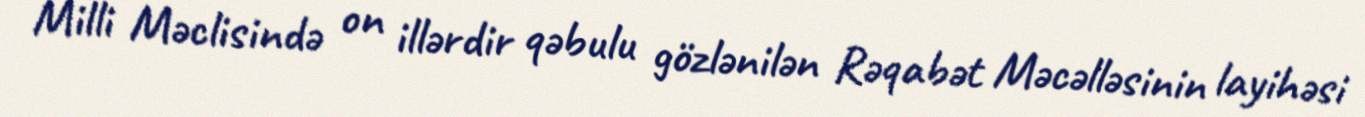
Milli Məclisində on illərdir qəbulu gözlənilən Rəqabət Məcəlləsinin layihəsi